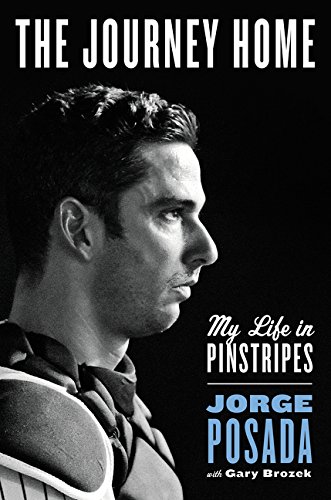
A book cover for The Journey Home: My Life in Pinstripes; Jorge Posada; Biographies & Memoirs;